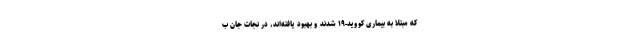
که مبتلا به بیماری کووید-۱۹ شدند و بهبود یافته‌اند، در نجات جان ب